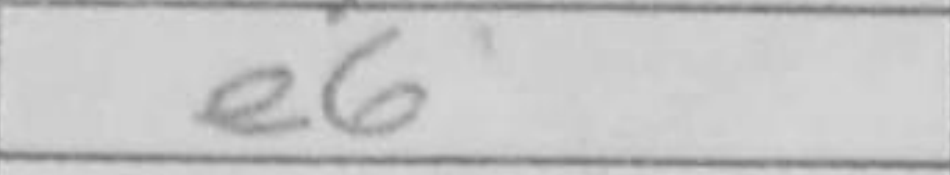
Transcription: e6